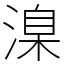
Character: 㴪